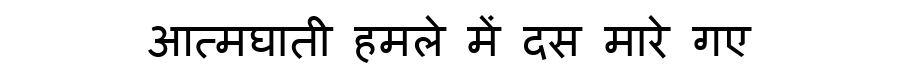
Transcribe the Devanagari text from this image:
आत्मघाती हमले में दस मारे गए